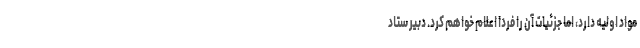
مواد اولیه دارد، اما جزئیات آن را فردا اعلام خواهم کرد. دبیر ستاد